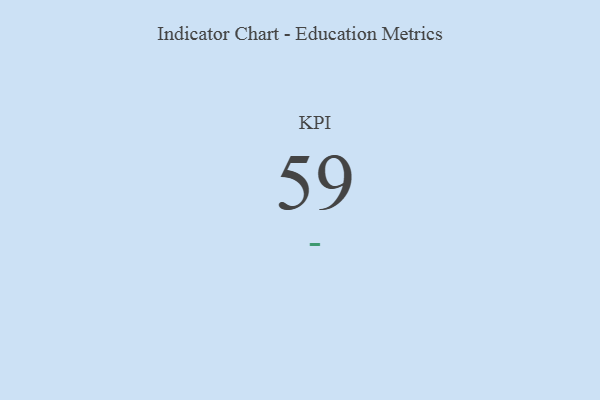
{"axis": {"x": "KPI", "y": "Value"}, "legend": [""], "data": [{"x": "KPI", "y": 59, "type": ""}]}